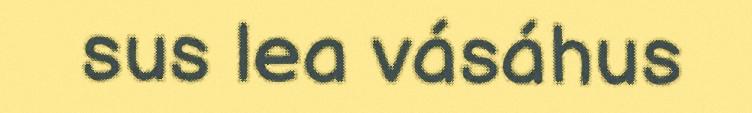
sus lea vásáhus